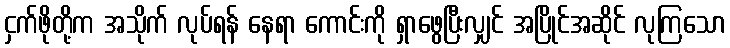
ငှက်ဖိုတို့က အသိုက် လုပ်ရန် နေရာ ကောင်းကို ရှာဖွေပြီးလျှင် အပြိုင်အဆိုင် လုကြသော